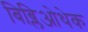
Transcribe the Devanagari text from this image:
बिब्लिओथेक